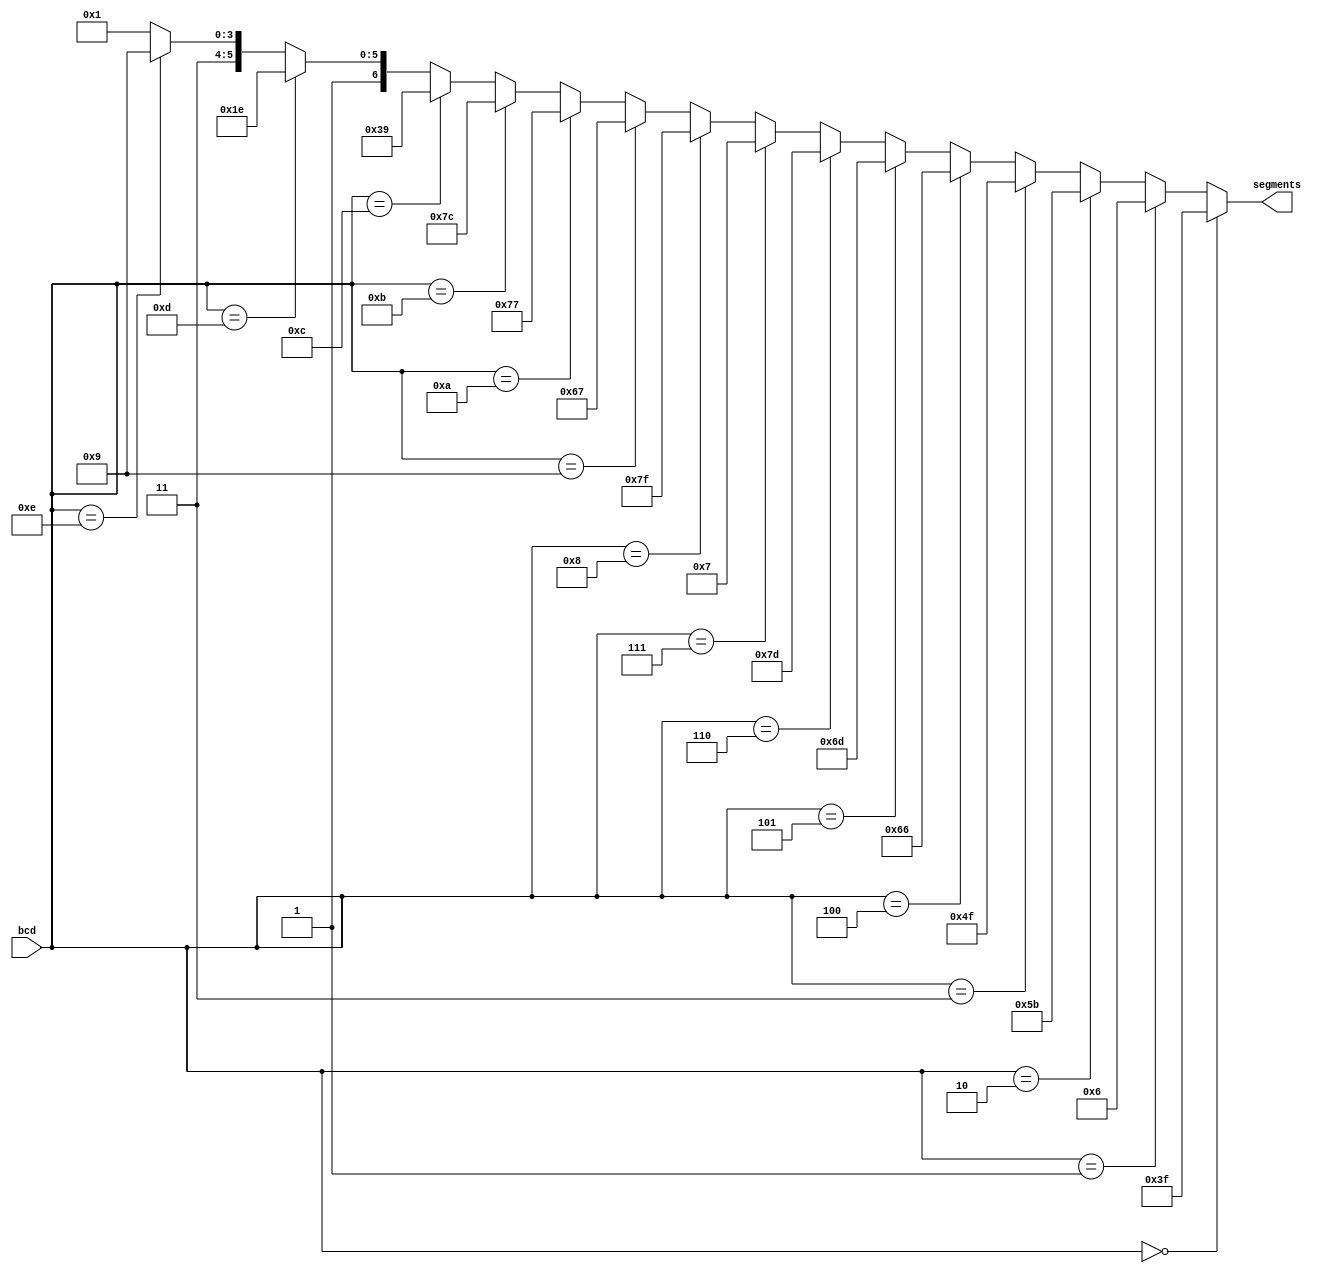
`timescale 1ns / 1ps
//////////////////////////////////////////////////////////////////////////////////
// Company: 
// Engineer: 
// 
// Design Name: 
// Module Name: bcd2seven
// Project Name: 
// Target Devices: 
// Tool Versions: 
// Description: 
// 
// Dependencies: 
// 
// Revision:
// Revision 0.01 - File Created
// Additional Comments:
// 
//////////////////////////////////////////////////////////////////////////////////


module bcd2seven(
    input [3:0] bcd,
    output [6:0] segments
    );
    
    assign segments = (bcd == 4'h0) ? 7'h3f :
                      (bcd == 4'h1) ? 7'h06 :
                      (bcd == 4'h2) ? 7'h5b :
                      (bcd == 4'h3) ? 7'h4f :
                      (bcd == 4'h4) ? 7'h66 :
                      (bcd == 4'h5) ? 7'h6d :
                      (bcd == 4'h6) ? 7'h7d :
                      (bcd == 4'h7) ? 7'h07 :
                      (bcd == 4'h8) ? 7'h7f :
                      (bcd == 4'h9) ? 7'h67 :
                      (bcd == 4'ha) ? 7'h77 :
                      (bcd == 4'hb) ? 7'h7c :
                      (bcd == 4'hc) ? 7'h39 :
                      (bcd == 4'hd) ? 7'h5e :
                      (bcd == 4'he) ? 7'h79 : 7'h71;
                      
endmodule